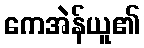
ကေအဲန်ယူ၏